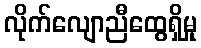
လိုက်လျောညီထွေရှိမှု